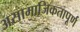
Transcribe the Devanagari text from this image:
असामाजिकतापूर्ण